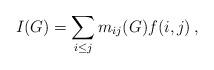
LaTeX: \begin{align*}I(G) = \sum_{i\le j}m_{ij}(G) f(i, j)\,,\end{align*}